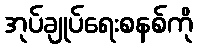
အုပ်ချုပ်ရေးစနစ်ကို